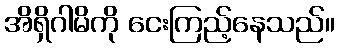
အိရှိဂါမိကို ငေးကြည့်နေသည်။